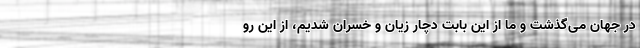
در جهان می‌گذشت و ما از این بابت دچار زیان و خسران شدیم، از این رو